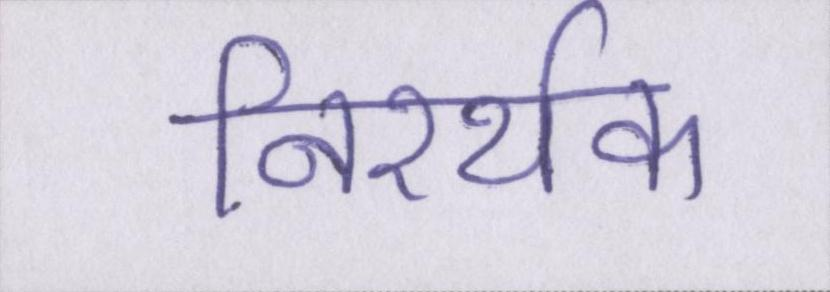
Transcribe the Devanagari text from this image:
निरर्थक